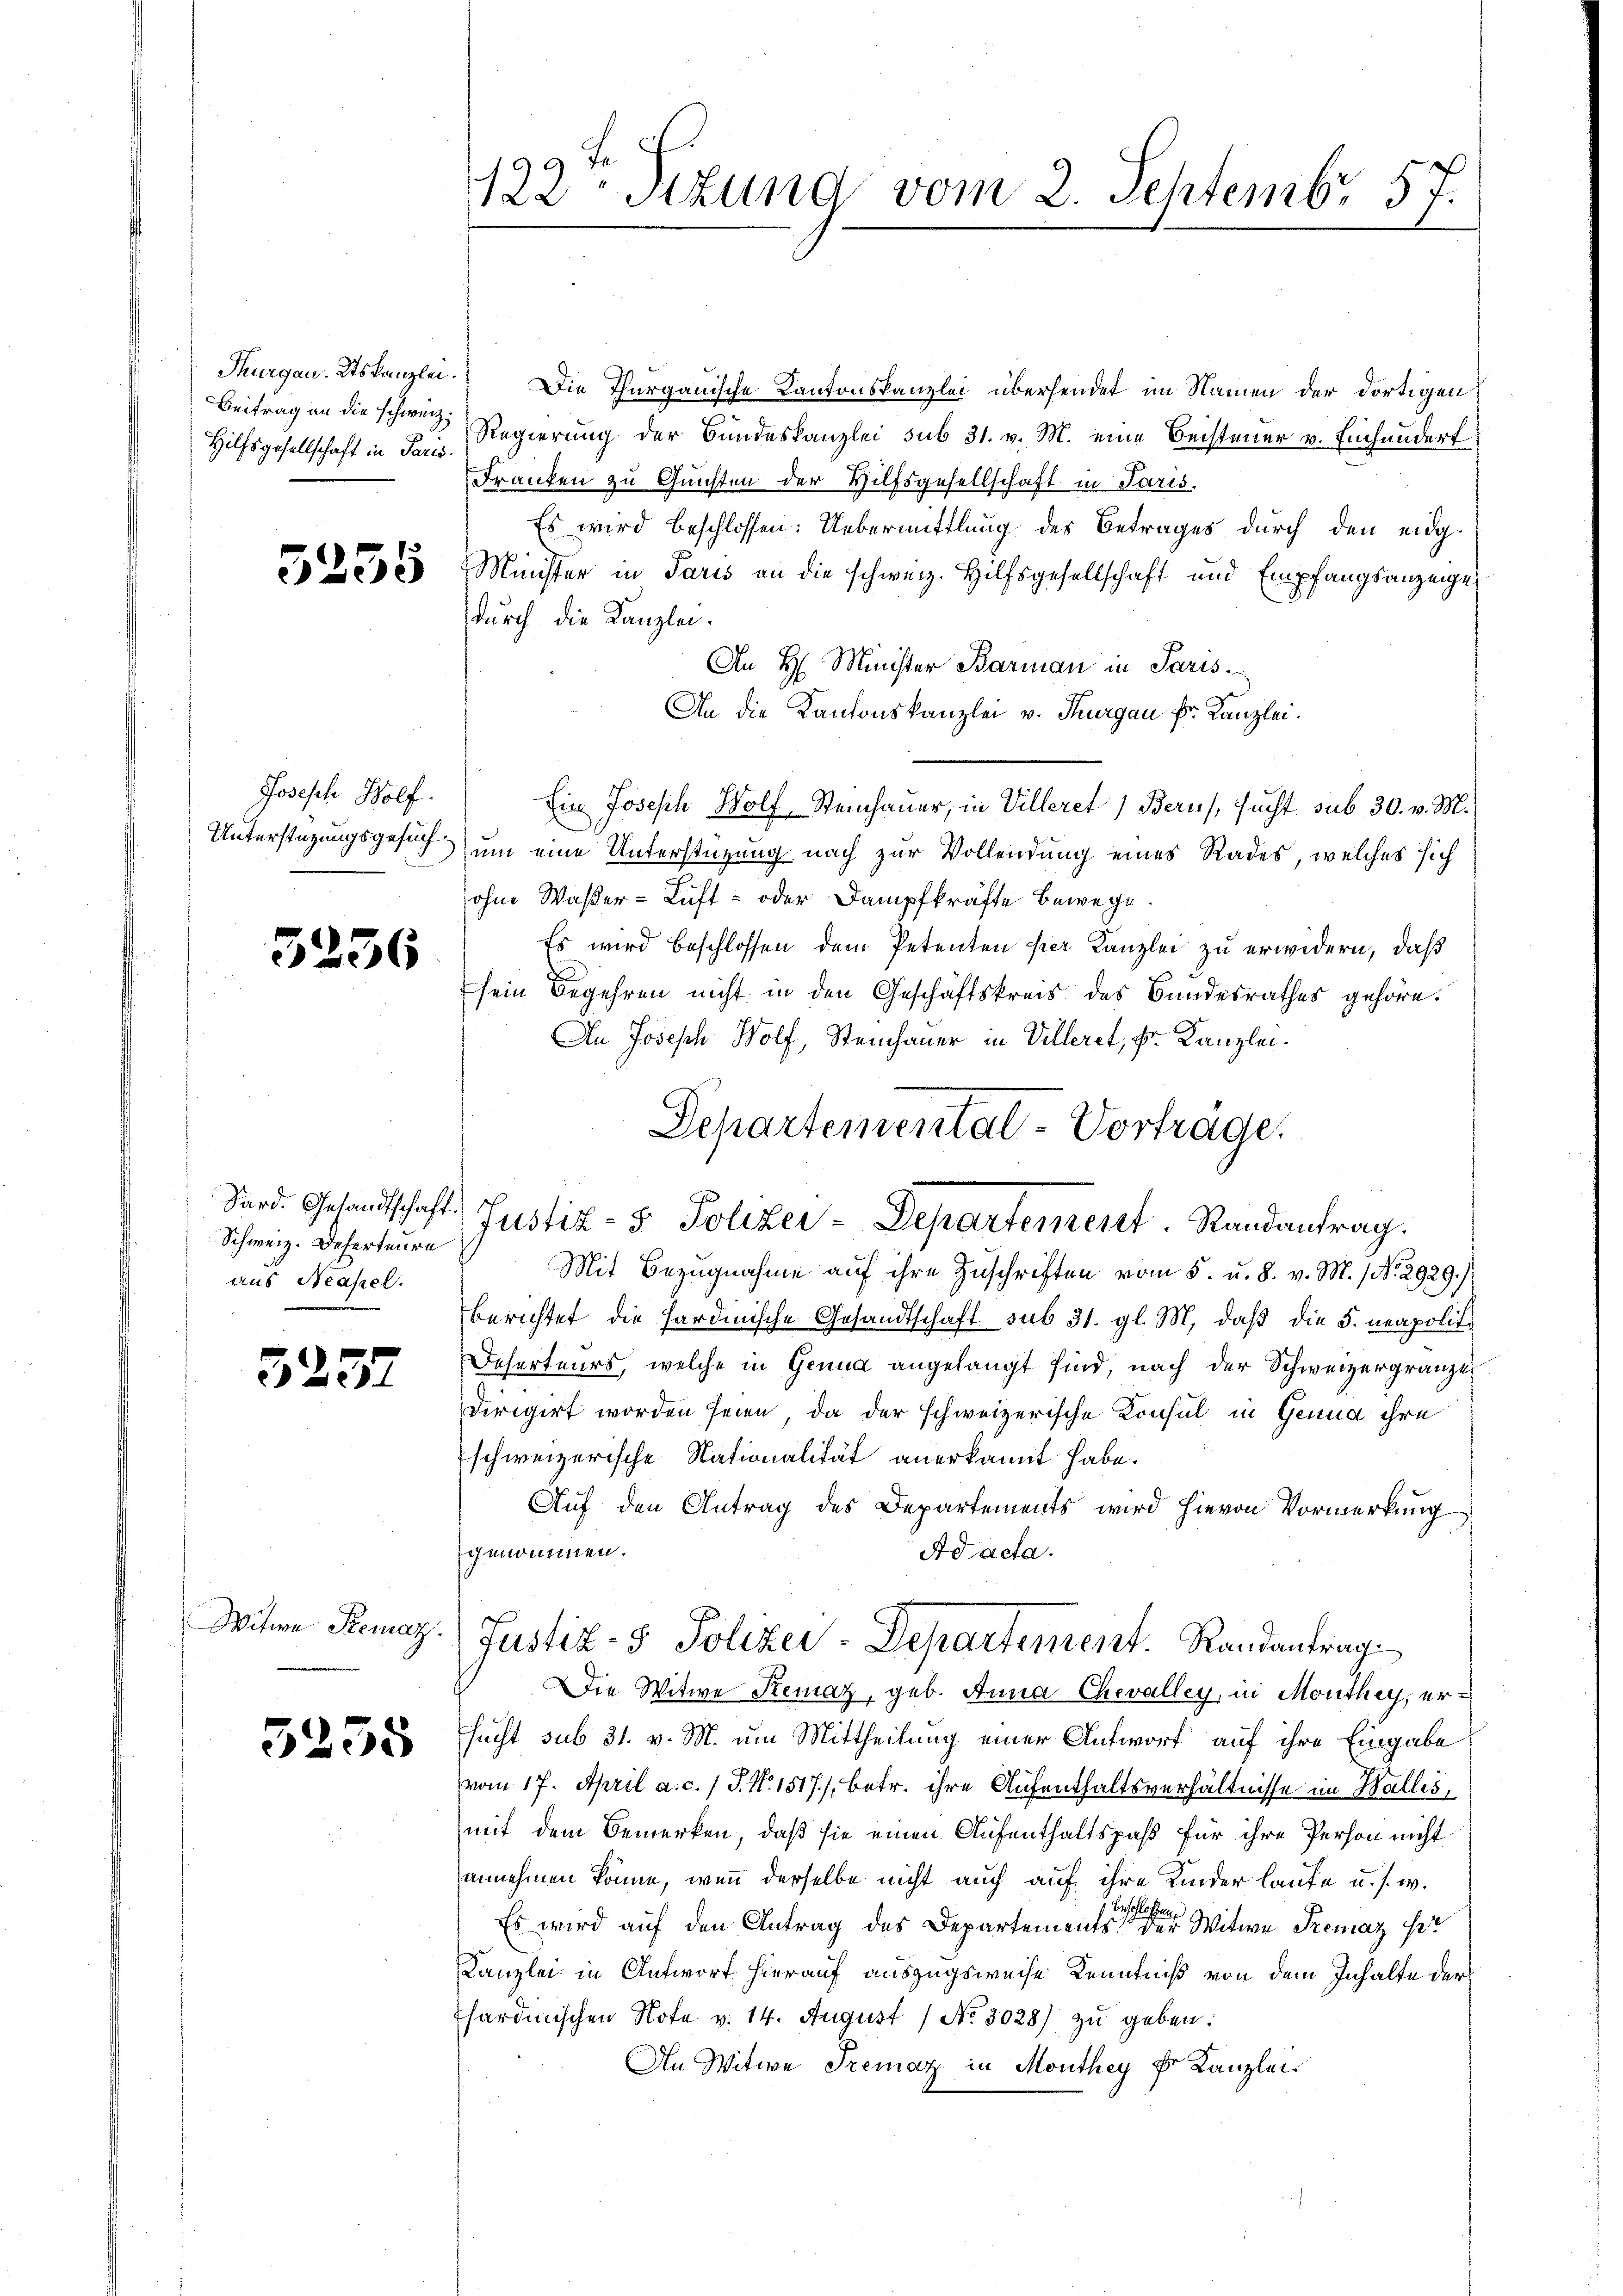
Hilfsgesellschaft in Paris.

Joseph Wolf.

3256

Schweiz. Deserteure
aus Neapel.

5237

Witwe Remaz.

3255

122 Stzung vom 2. Septembr. 57.

Thurgau, Ktskanzlei. Die Thurgauische Kantonskanzlei übersendet im Namen der dortigen
Beitrag an die schweiz. Regierung der Bundeskanzlei sub 31. v. M. eine Beisteuer v. Einhundert
Franken zu Gunsten der Hilfsgesellschaft in Paris.
Es wird beschlossen: Uebermittlung des Betrages durch den eidg¬
2230 Minister in Paris an die schweiz. Hilfsgesellschaft und Empfangsanzeige
durch die Kanzlei.
An H. Minister Barman in Paris
An die Kantonskanzlei v. Thurgau Dr. Kanzlei.
Ein Joseph Wolf Steinhauer, in Villeret) Berns, sucht sub 30. v. M.
Unterstüzungsgesuch um eine Unterstüzung nach zur Vollendung eines Rades, welches sich
ohne Waßer-Luft- oder Dampfkräfte bewege.
Es wird beschlossen dem Petenten per Kanzlei zu erwidern, daß
sein Begehren nicht in den Geschäftskreis des Bundesrathes gehöre.
An Joseph Wolf, Steinhauer in Villeret, Dr. Kanzlei¬
Sard. Gesandtschaft. Justiz- & Polizei- Departement. Randantrag.
Mit Bezugnahme auf ihre Zuschriften vom 5. u. 8. v. M. / No. 2929./
berichtet die Sardinische Gesandtschaft sub 31. gl. M. daß die 5. neapoliti
Deserteurs, welche in Genua angelangt sind, nach der Schweizergränze
dirigirt worden seien, da der schweizerische Konsul in Genua ihre
schweizerische Nationalität anerkannt habe.
Auf den Antrag des Departements wird hievon Vormerkung
genommen.
Ad acta.
Justiz- & Polizei-Departement. Randantrag
Die Witwe Remaz, geb. Anna Chevalley, in Monthey, ersucht sub 31. v. M. um Mittheilung einer Antwort auf ihre Eingabe
vom 17. April a. c. 1 P. Nr. 1517), betr. ihre Aufenthaltsverhältnisse im Wallis,
mit dem Bemerken, daß sie einen Aufenthaltspaß für ihre Person nicht
annehmen könne, wenn derselbe nicht auch auf ihre Kinder laufe u. s. w.
Es wird auf den Antrag des Departementen einer Witwe Premaz pr
Kanzlei in Antwort hierauf auszugsweise Kenntniß von dem Inhalte der
sardinischen Note v. 14. August / No. 3028) zŭ geben:
An Witwe Fremar in Monthey k. Kanzlei

Departemental-Vorträge.